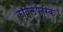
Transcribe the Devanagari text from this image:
कॉवलेफस्कि